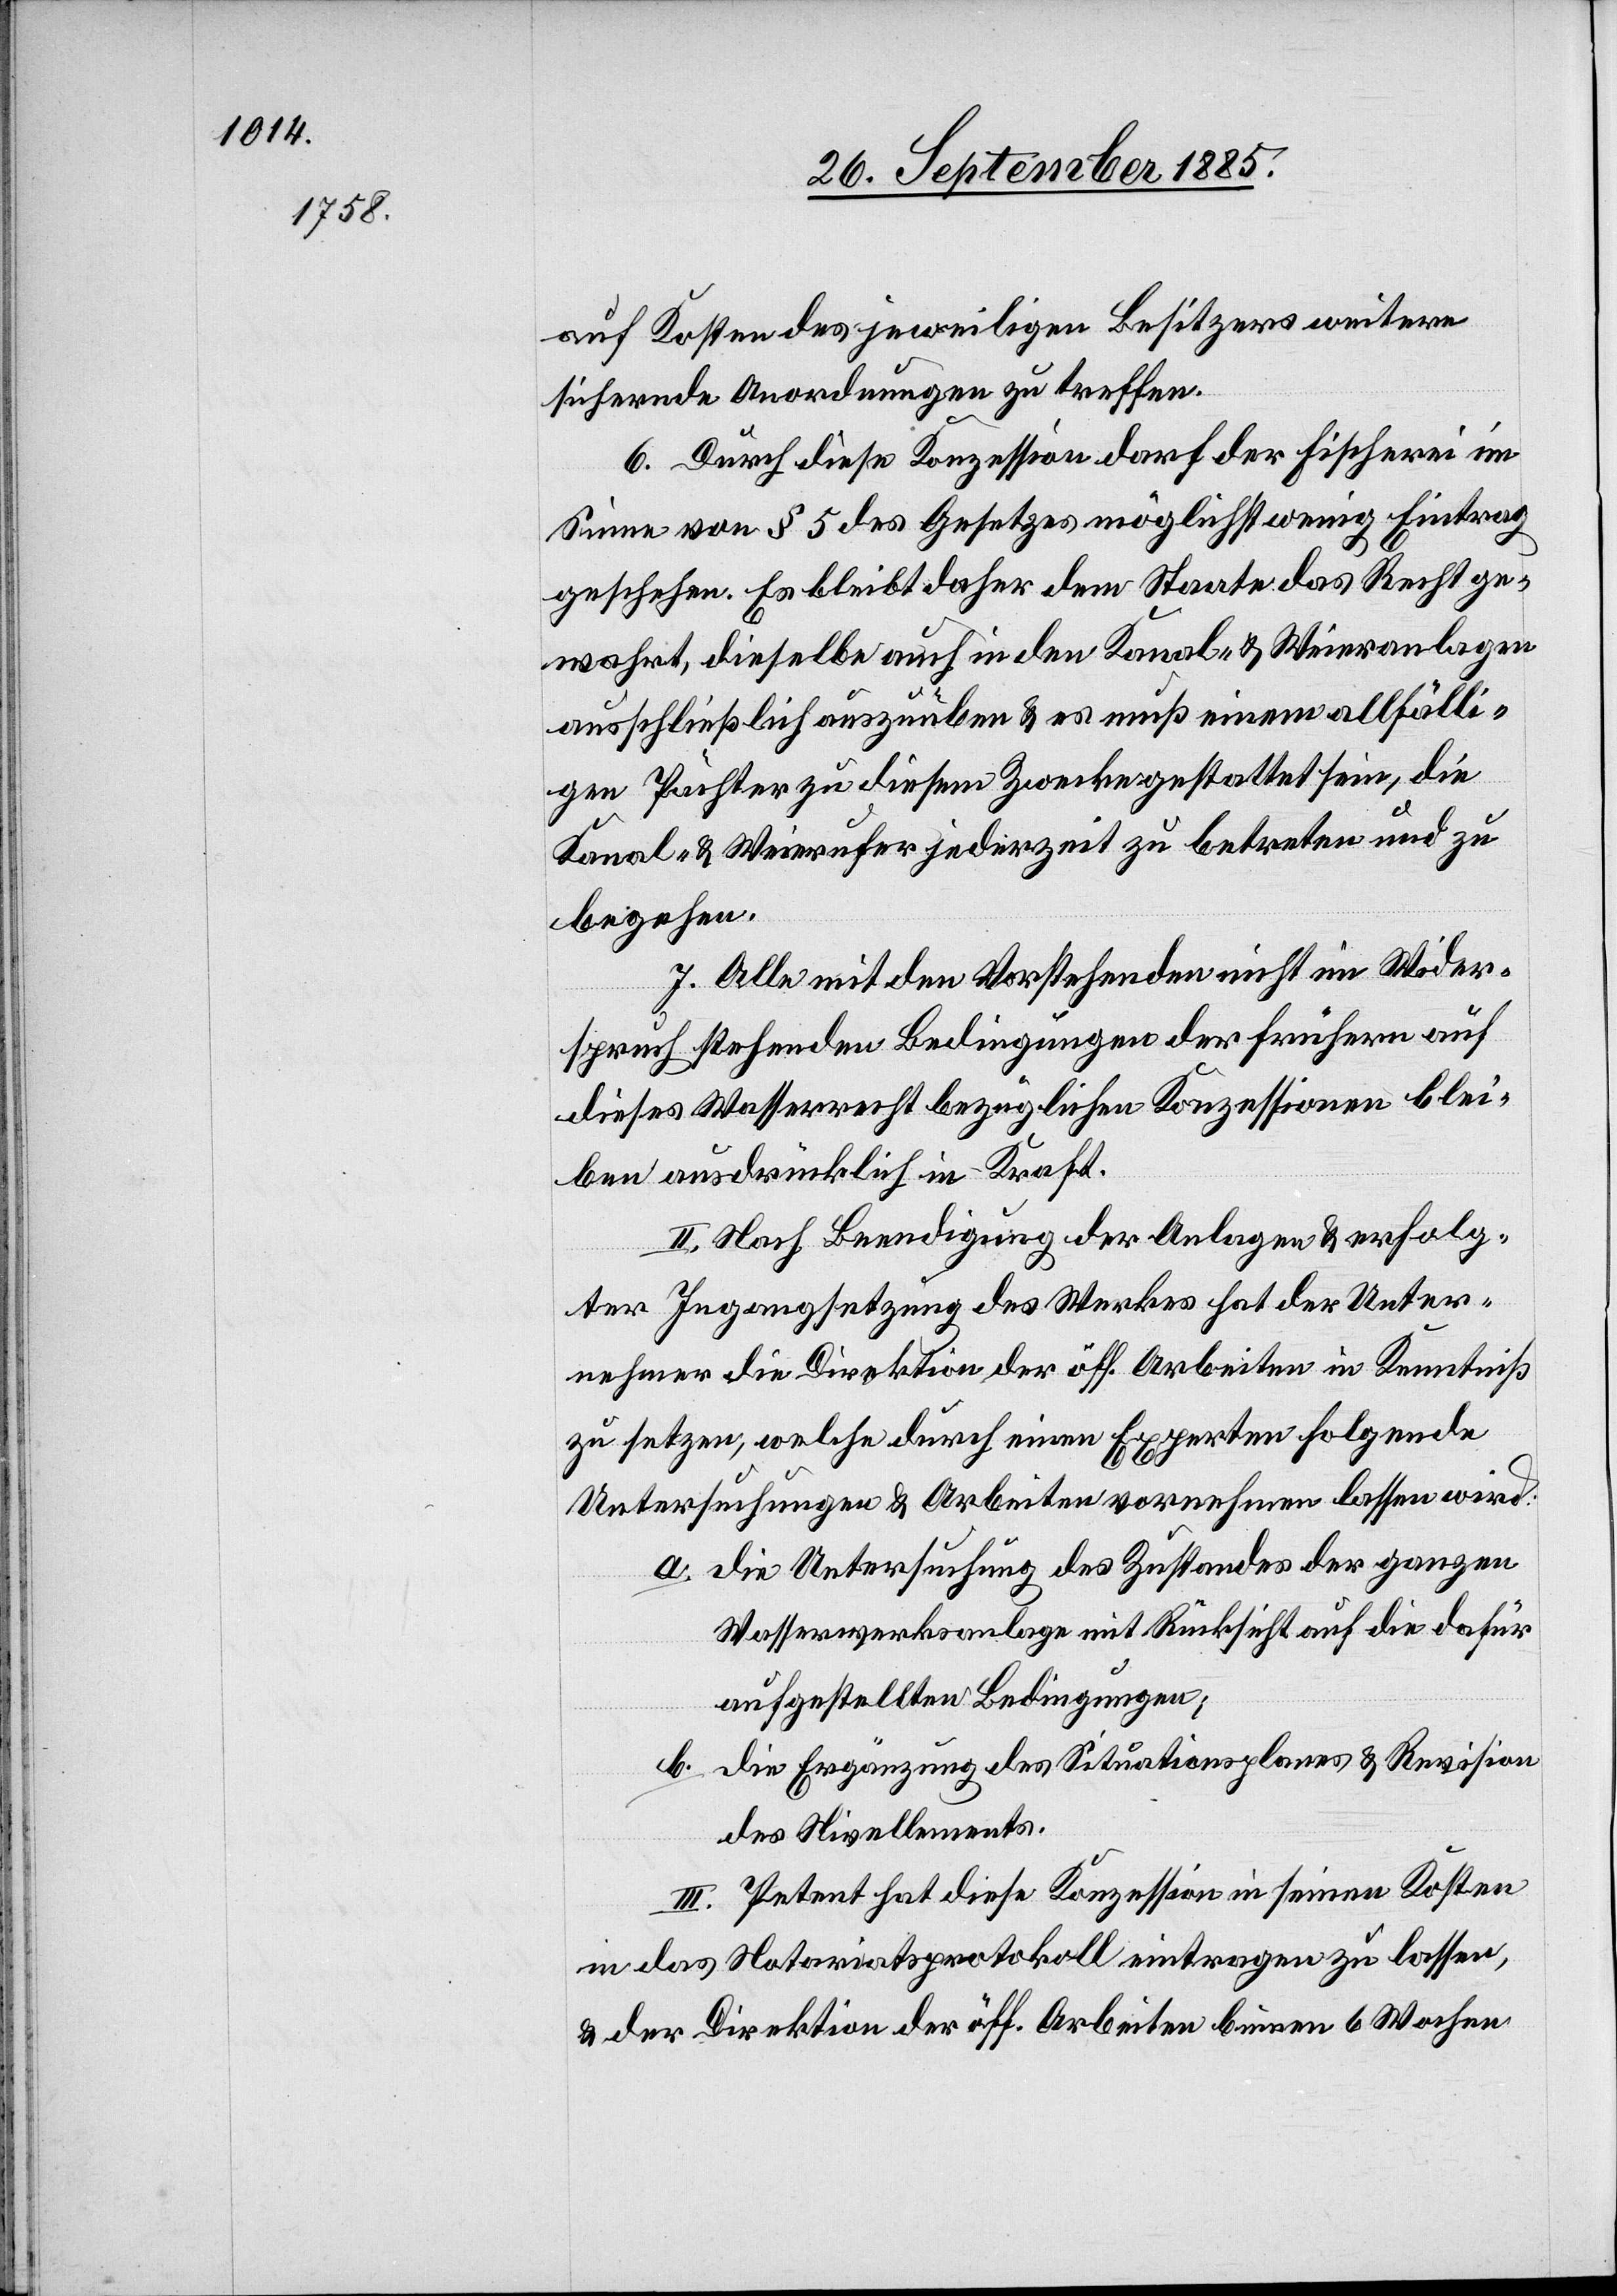
auf Kosten des jeweiligen Besitzers weitere
sichernde Anordnungen zu treffen.
6. Durch diese Konzession darf der Fischerei im
Sinne von § 3 des Gesetzes möglichst wenig Eintrag
geschehen. Es bleibt daher dem Staate das Recht ge¬
wahrt, dieselbe auch in den Kanal- & Weieranlagen
ausschließlich auszuüben & es muß einem allfälli¬
gen Pächter zu diesem Zwecke gestattet sein, die
Kanal- & Weierufer jederzeit zu betreten und zu
begehen.
7. Alle mit den Vorstehenden nicht im Wider¬
spruch stehenden Bedingungen der frühern auf
dieses Wasserrecht bezüglichen Konzessionen blei¬
ben ausdrücklich in Kraft.
II. Nach Beendigung der Anlagen & erfolg¬
ter Ingangsetzung des Werkes hat der Unter¬
nehmer die Direktion der öff. Arbeiten in Kenntniß
zu sezten, welche durch einen Experten folgende
Untersuchungen & Arbeiten vornehmen lassen wird:
a. die Untersuchung des Zustandes der ganzen
Wasserwerksanlage mit Rücksicht auf die dafür
aufgestellten Bedingungen;
b. die Ergänzung des Situationsplanes & Revision
des Nivellements.
III. Petent hat diese Konzession in seinen Kosten
in das Notariatsprotokoll eintragen zu lassen,
& der Direktion der öff. Arbeiten binnen 6 Wochen